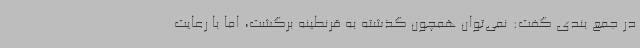
در جمع بندی گفت: نمی‌توان همچون گذشته به قرنطینه برگشت، اما با رعایت